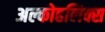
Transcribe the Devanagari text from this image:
अल्कोहलिक्स